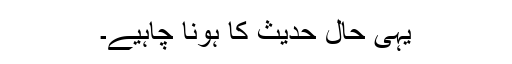
یہی حال حدیث کا ہونا چاہیے۔